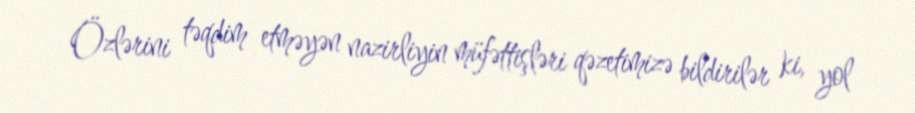
Özlərini təqdim etməyən nazirliyin müfəttişləri qəzetimizə bildirilər ki, yol